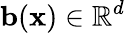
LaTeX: {\mathbf{b}(\mathbf{x})\in\mathbb{R}^{d}}